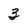
Character: 3